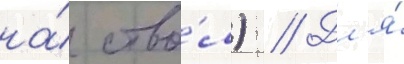
на́ ство́л) // Дл'я́